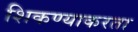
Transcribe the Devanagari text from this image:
शिकण्याकरता